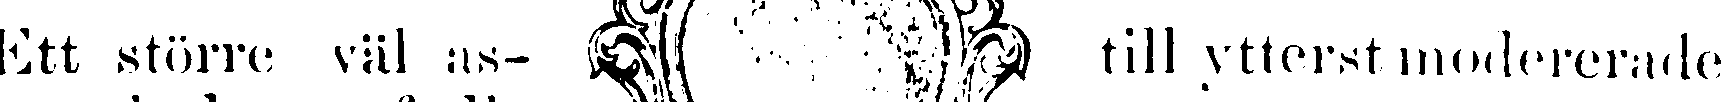
Ett större väl as-  till ytterst modererade